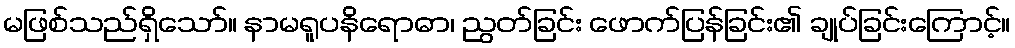
မဖြစ်သည်ရှိသော်။ နာမရူပနိရောဓာ၊ ညွတ်ခြင်း ဖောက်ပြန်ခြင်း၏ ချုပ်ခြင်းကြောင့်။